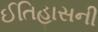
ઈતિહાસની